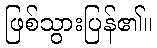
ဖြစ်သွားပြန်၏။